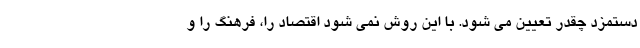
دستمزد چقدر تعیین می شود. با این روش نمی شود اقتصاد را، فرهنگ را و